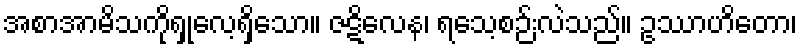
အစာအာမိသကိုရှုလေ့ရှိသော။ ဇဋိလေန၊ ရသေ့စဉ်းလဲသည်။ ဥဿာဟိတော၊